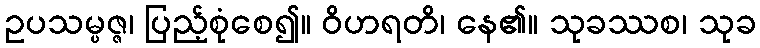
ဥပသမ္ပဇ္ဇ၊ ပြည့်စုံစေ၍။ ဝိဟရတိ၊ နေ၏။ သုခဿစ၊ သုခ